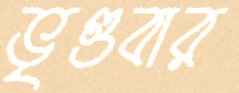
ভৃগুবার